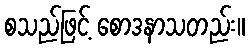
စသည်ဖြင့် စောဒနာသတည်း။